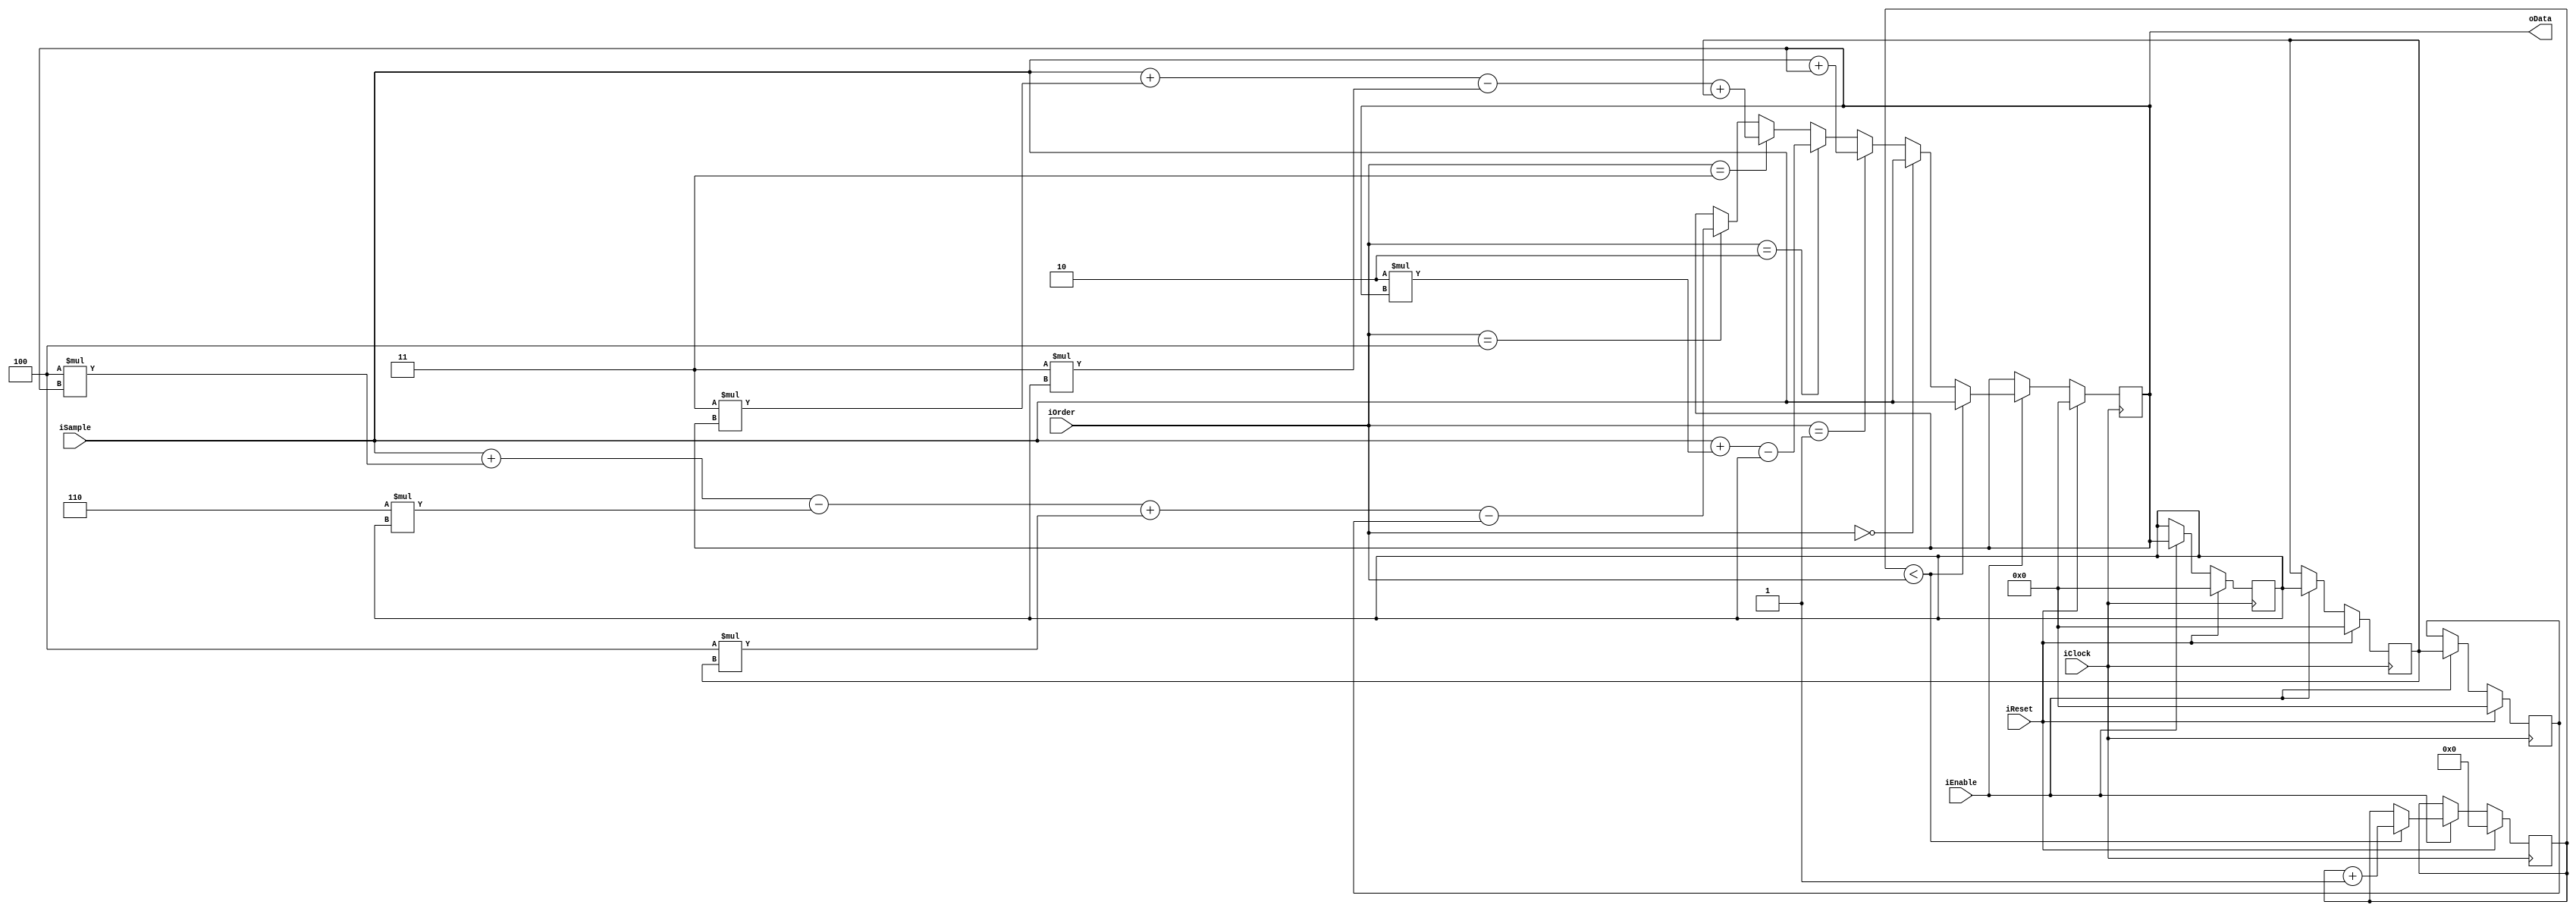
module FixedDecoder(input iClock,
                    input iReset, 
                    input iEnable, 
                    input [3:0] iOrder, 
                    input signed [15:0] iSample, 
                    output signed [15:0] oData);
                        
reg signed [15:0] dataq [0:4];
reg [3:0] warmup_count;

assign oData = dataq[0];

always @(posedge iClock)
begin
    if (iReset) begin
        warmup_count <= 4'b0;
        dataq[0] <= 15'b0;
        dataq[1] <= 15'b0;
        dataq[2] <= 15'b0;
        dataq[3] <= 15'b0;
        dataq[4] <= 15'b0;
    end else if (iEnable) begin
        dataq[4] <= dataq[3];
        dataq[3] <= dataq[2];
        dataq[2] <= dataq[1];
        dataq[1] <= dataq[0];
        
        if (warmup_count < iOrder) begin
            dataq[0] <= iSample;
            warmup_count <= warmup_count + 1'b1;
        end else if (iOrder == 3'd0) begin
            dataq[0] <= iSample;
        end else if (iOrder == 3'd1) begin
            dataq[0] <= iSample + dataq[0]; 
        end else if (iOrder == 3'd2) begin
            dataq[0] <= iSample + 15'd2*dataq[0] - dataq[1];    
        end else if (iOrder == 3'd3) begin
            dataq[0] <= iSample + 15'd3*dataq[0] - 15'd3*dataq[1] + dataq[2];   
        end else if (iOrder == 3'd4) begin
            dataq[0] <= iSample + 15'd4*dataq[0] - 15'd6*dataq[1] + 15'd4*dataq[2] - dataq[3];  
        end
    end
end
endmodule